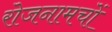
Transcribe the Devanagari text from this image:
रोजनामचों